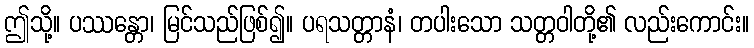
ဤသို့။ ပဿန္တော၊ မြင်သည်ဖြစ်၍။ ပရသတ္တာနံ၊ တပါးသော သတ္တဝါတို့၏ လည်းကောင်း။